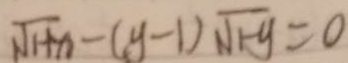
\sqrt { 1 + x } - ( y - 1 ) \sqrt { 1 - y } = 0